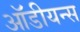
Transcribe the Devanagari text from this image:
ऑडीयन्स